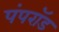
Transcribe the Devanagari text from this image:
पंपरॉड